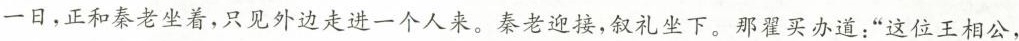
一日，正和秦老坐着，只见外边走进一个人来，秦老迎接，叙礼坐下。那翟买办道；”这位王相公，